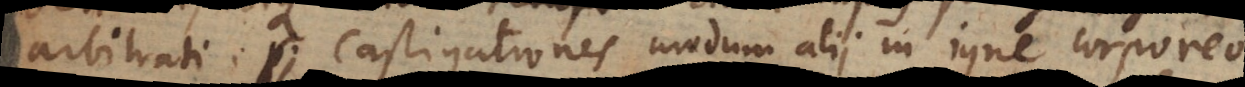
arbitrati. Castigationis modum alii in igne corporeo